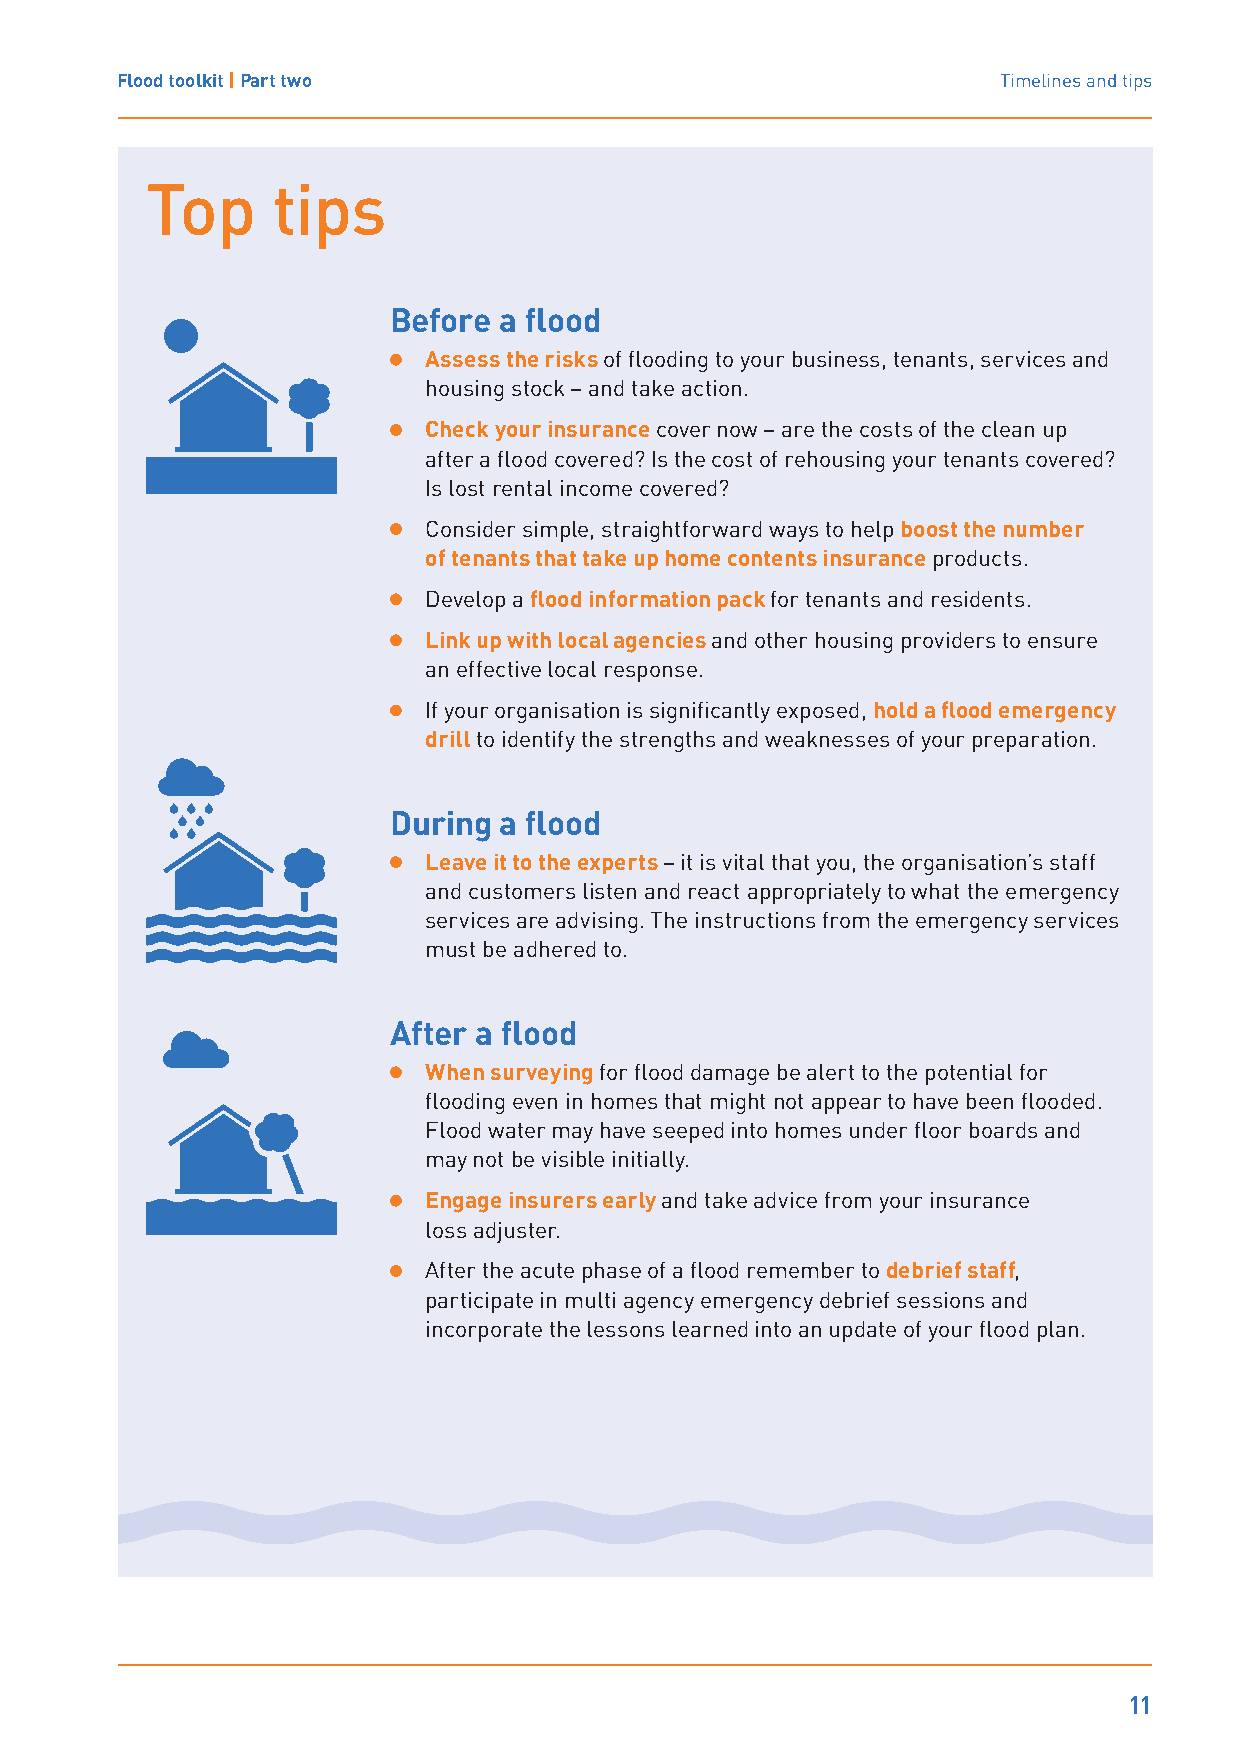
Flood toolkit | Part two                                  Timelines and tips
 Top     tips
 Before a flood
 Assess the risks of flooding to your business, tenants, services and
 housing stock – and take action.
 Check your insurance cover now – are the costs of the clean up
 after a flood covered? Is the cost of rehousing your tenants covered?
 Is lost rental income covered?
 Consider simple, straightforward ways to help boost the number
 of tenants that take up home contents insurance products.
 Develop a flood information pack for tenants and residents.
 Link up with local agencies and other housing providers to ensure
 an effective local response.
 If your organisation is significantly exposed, hold a flood emergency
 drill to identify the strengths and weaknesses of your preparation.
 During a flood
 Leave it to the experts – it is vital that you, the organisation’s staff
 and customers listen and react appropriately to what the emergency
 services are advising. The instructions from the emergency services
 must be adhered to.
 After a flood
 When surveying for flood damage be alert to the potential for
 flooding even in homes that might not appear to have been flooded.
 Flood water may have seeped into homes under floor boards and
 may not be visible initially.
 Engage insurers early and take advice from your insurance
 loss adjuster.
 After the acute phase of a flood remember to debrief staff,
 participate in multi agency emergency debrief sessions and
 incorporate the lessons learned into an update of your flood plan.
 11